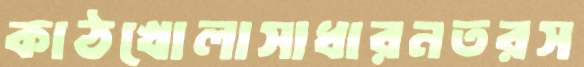
কাঠখোলাসাধারনতরস